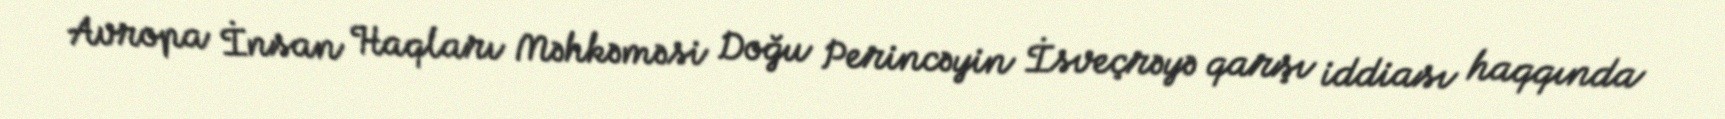
Avropa İnsan Haqları Məhkəməsi Doğu Perincəyin İsveçrəyə qarşı iddiası haqqında